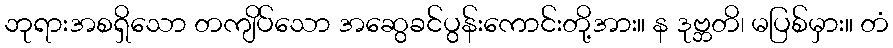
ဘုရားအစရှိသော တကျိပ်သော အဆွေခင်ပွန်းကောင်းတို့အား။ န ဒုဗ္ဘတိ၊ မပြစ်မှား။ တံ